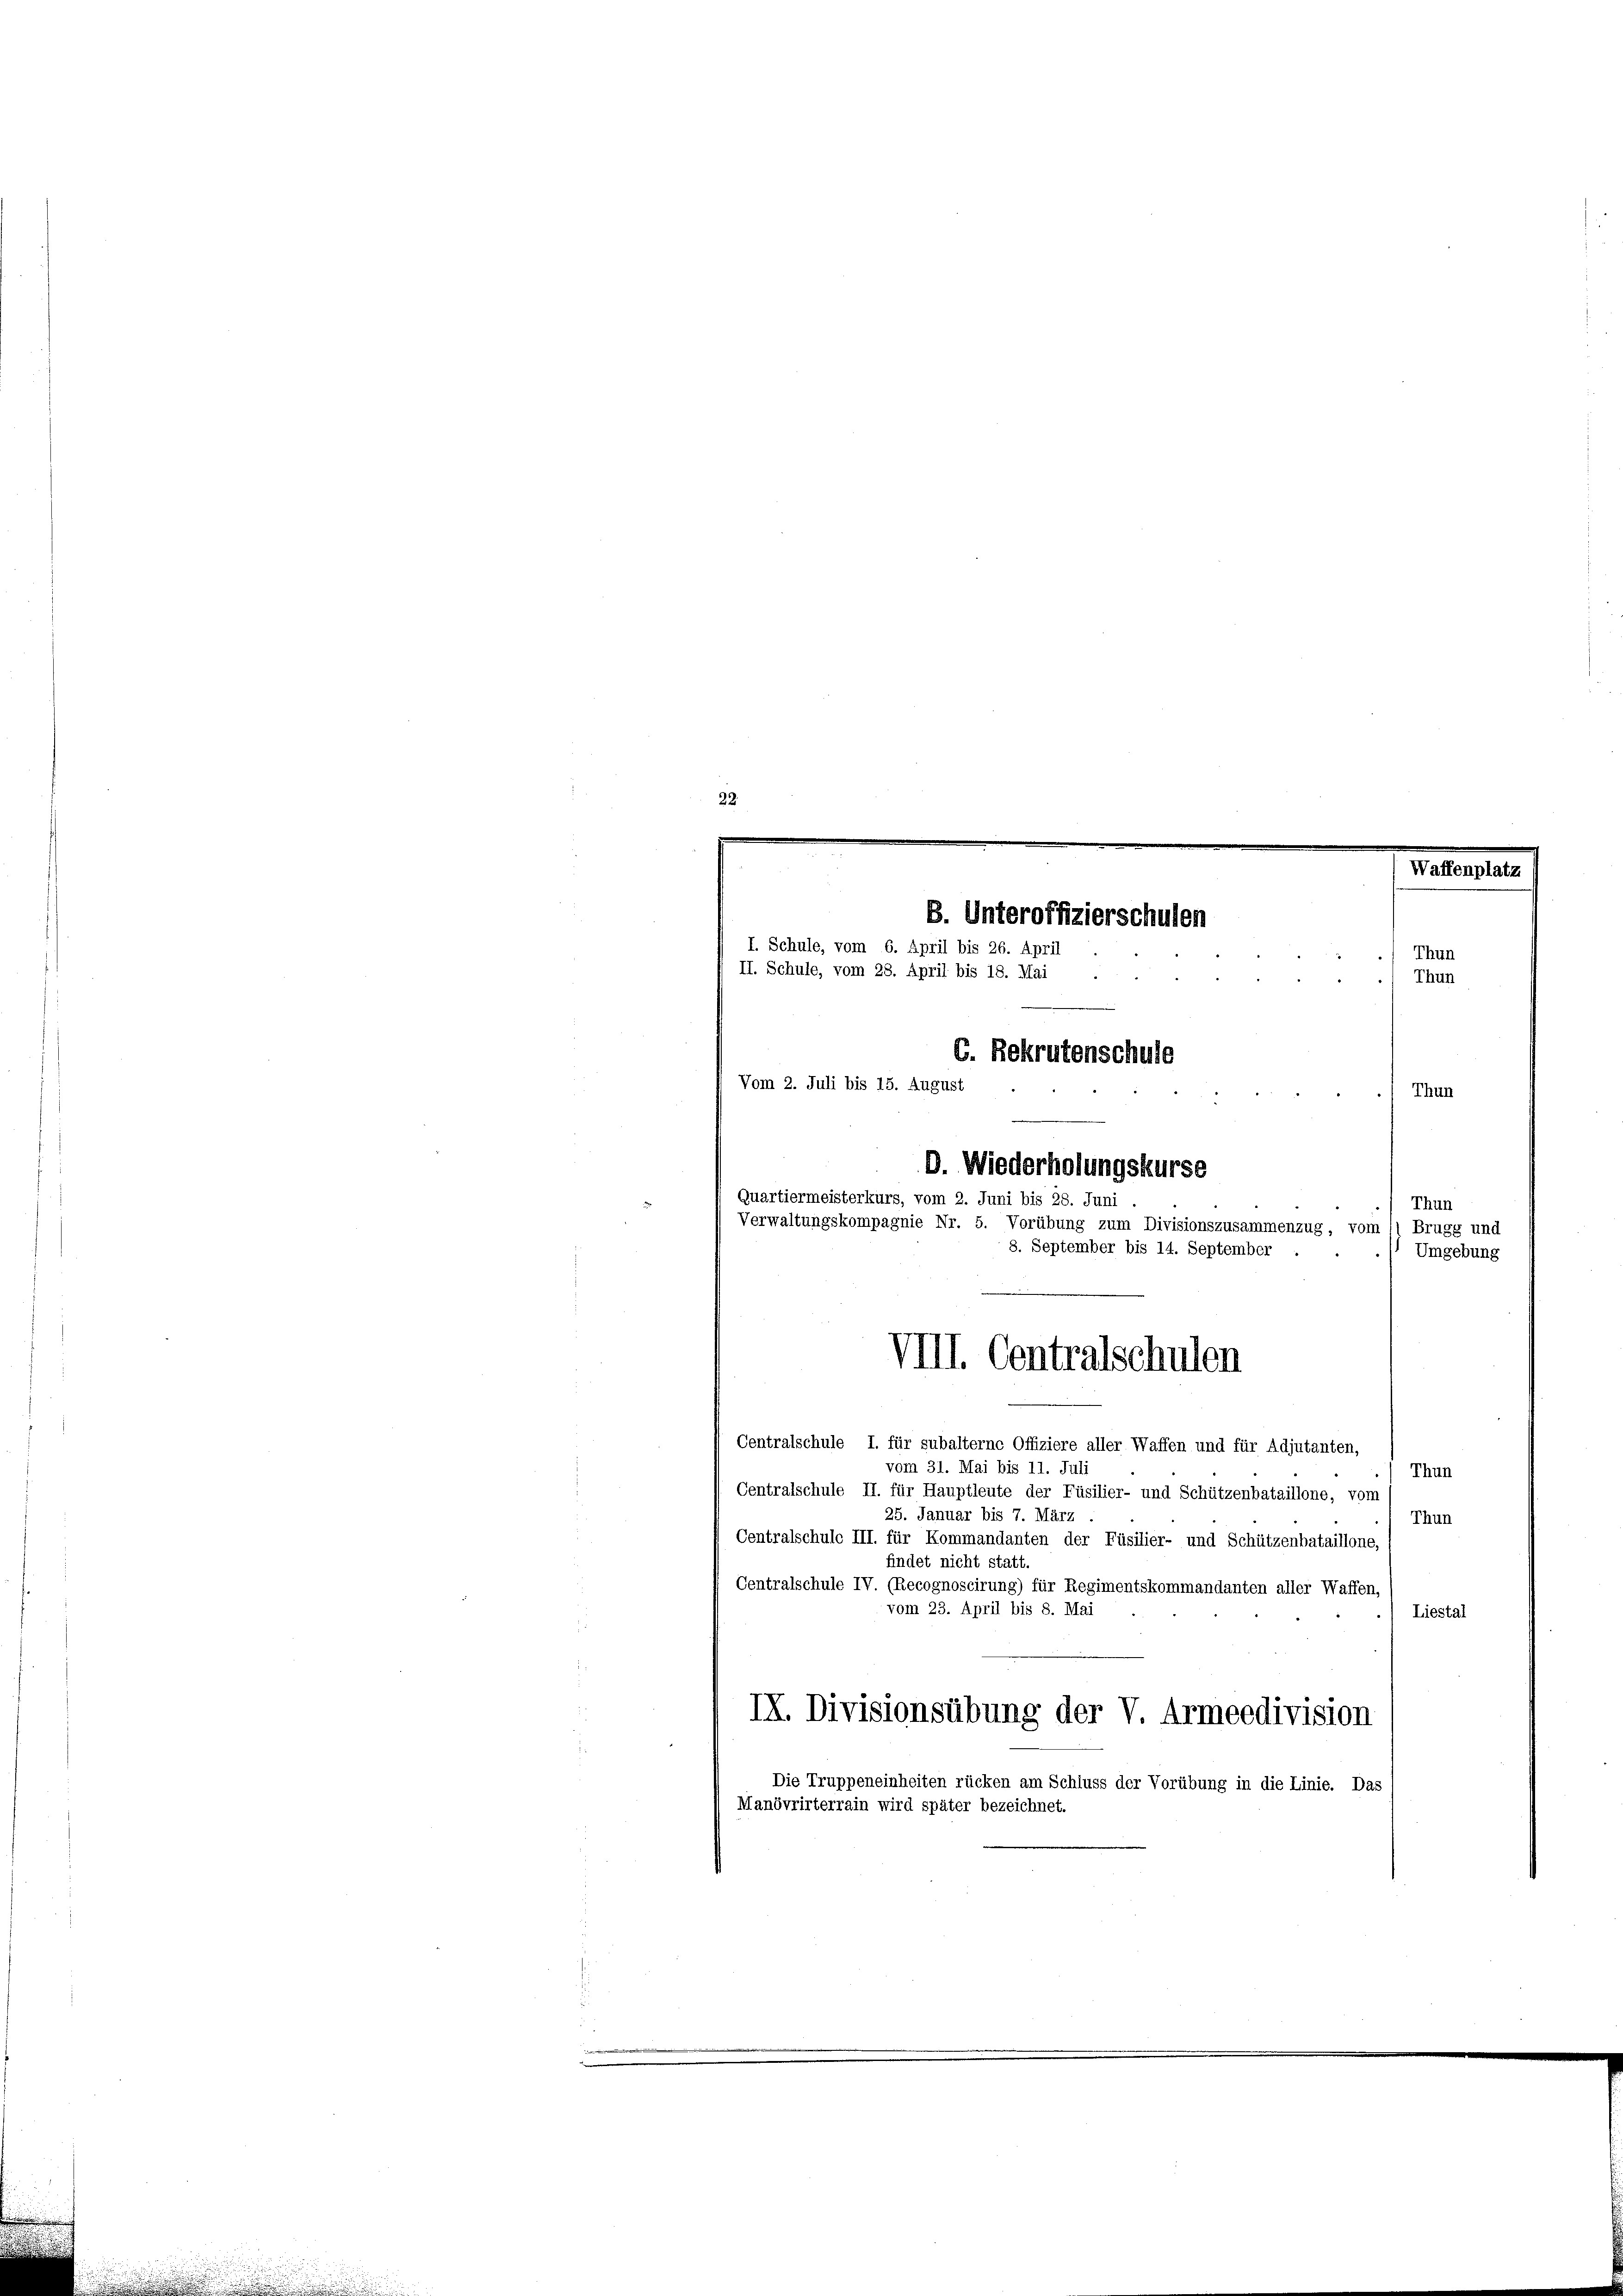
Waffenplatz
B. Unteroffizierschulen
I. Schule, vom 6. April bis 26. April
Thun
II. Schule, vom 28. April bis 18. Mai
Thun
C. Bekrutenschulo
Vom 2. Juli bis 15. August
Thun
D. Wiederholungskurse
Quartiermeisterkurs, vom 2. Juni bis 28. Juni
Thun
Verwaltungskompagnie Nr. 5. Vorübung zum Divisionszusammenzug, vom
Brugg und
8. September bis 14. September
Umgebung

22.

Centralschule I. für subalterne Offiziere aller Waffen und für Adjutanten,
vom 31. Mai bis 11. Juli
Thun
Centralschule II. für Hauptleute der Füsilier- und Schützenbataillone, vom
25. Januar bis 7. März .
Thun
Centralschule III. für Kommandanten der Füsilier- und Schützenbataillone,
findet nicht statt.
Centralschule IV. (Recognoscirung) für Regimentskommandanten aller Waffen,
vom 23. April bis 8. Mai
Liestal
IX. Divisionsübung der V. Armeedivision
Die Truppeneinheiten rücken am Schluss der Vorübung in die Linie. Das
Manövrirterrain wird später bezeichnet.

VIII. Centralschulen